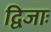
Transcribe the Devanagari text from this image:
द्विजाः